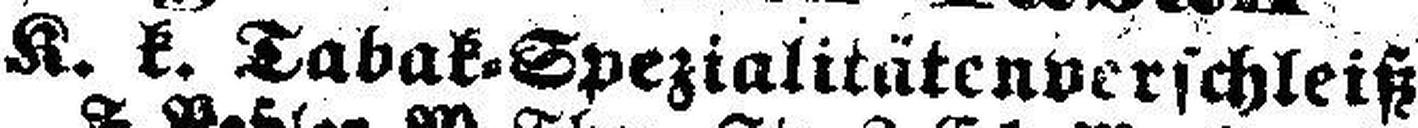
K. k. Tabak=Spezialitätenverschleiß